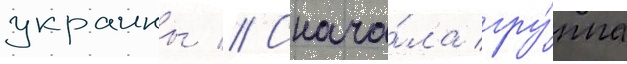
украины // Снача́ла гру́ппа